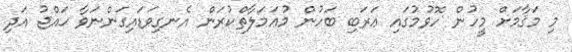
މި މަޤާމަށް މީހުން ހޮވުމުގައި ޢަރަބި ބަހުން މުޢަމަލާތްކުރަން އެނގިވަޑައިގަންނަވާ ޙައްޖު އަދި